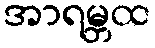
အာရမ္ဘထ